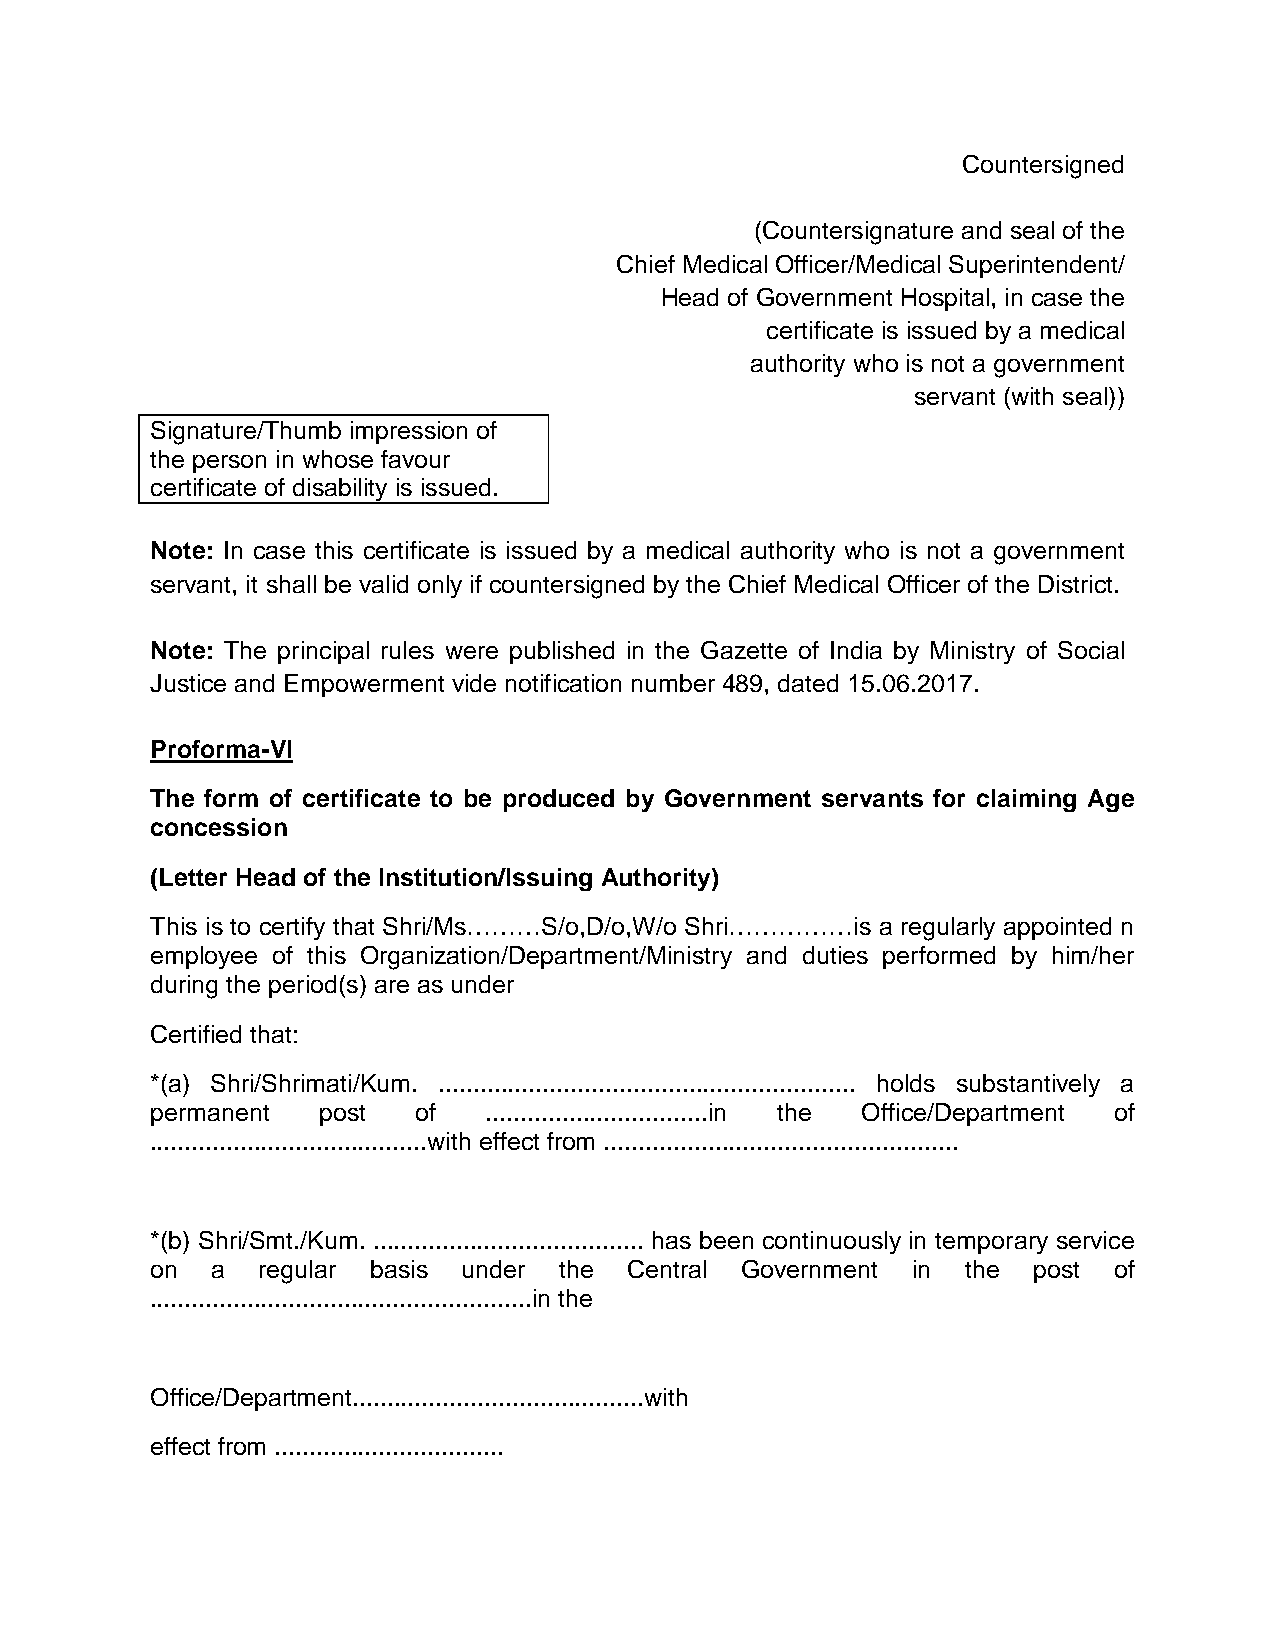
Countersigned
 (Countersignature and seal of the
 Chief Medical Officer/Medical Superintendent/
 Head of Government Hospital, in case the
 certificate is issued by a medical
 authority who is not a government
 servant (with seal))
 Signature/Thumb impression of
 the person in whose favour
 certificate of disability is issued.
 Note: In case this certificate is issued by a medical authority who is not a government
 servant, it shall be valid only if countersigned by the Chief Medical Officer of the District.
 Note: The principal rules were published in the Gazette of India by Ministry of Social
 Justice and Empowerment vide notification number 489, dated 15.06.2017.
 Proforma-VI
 The form of certificate to be produced by Government servants for claiming Age
 concession
 (Letter Head of the Institution/Issuing Authority)
 This is to certify that Shri/Ms………S/o,D/o,W/o Shri……………is a regularly appointed n
 employee of this Organization/Department/Ministry and duties performed by him/her
 during the period(s) are as under
 Certified that:
 *(a) Shri/Shrimati/Kum. ............................................................ holds substantively a
 permanent  post   of  ................................in the Office/Department of
 ........................................with effect from ...................................................
 *(b) Shri/Smt./Kum. ....................................... has been continuously in temporary service
 on  a  regular basis under the  Central Government in the post  of
 .......................................................in the
 Office/Department..........................................with
 effect from .................................